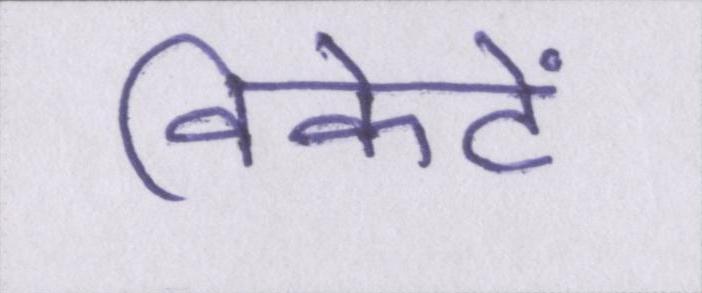
विकेटें